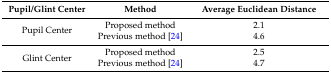
<table><thead><tr><td><b>Pupil/Glint Center</b></td><td><b>Method</b></td><td><b>Average Euclidean Distance</b></td></tr></thead><tbody><tr><td rowspan="2">Pupil Center</td><td>Proposed method</td><td>2.1</td></tr><tr><td>Previous method [24]</td><td>4.6</td></tr><tr><td rowspan="2">Glint Center</td><td>Proposed method</td><td>2.5</td></tr><tr><td>Previous method [24]</td><td>4.7</td></tr></tbody></table>